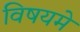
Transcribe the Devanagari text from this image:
विषयमे